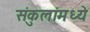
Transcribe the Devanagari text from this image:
संकुलांमध्ये